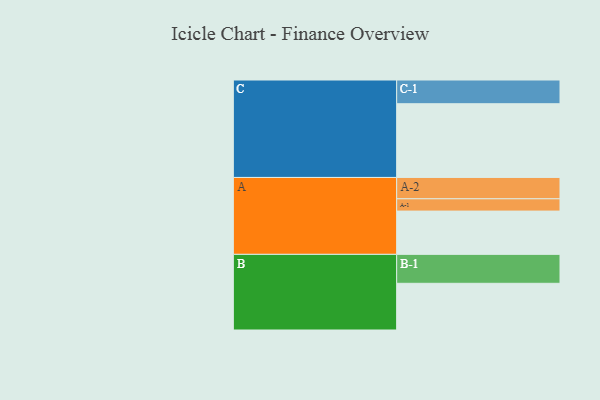
{"axis": {"x": "Segment", "y": "Value"}, "legend": ["", "A", "B", "C"], "data": [{"x": "A", "y": 341, "type": ""}, {"x": "B", "y": 368, "type": ""}, {"x": "C", "y": 581, "type": ""}, {"x": "A-1", "y": 97, "type": "A"}, {"x": "A-2", "y": 168, "type": "A"}, {"x": "B-1", "y": 228, "type": "B"}, {"x": "C-1", "y": 187, "type": "C"}]}